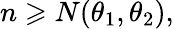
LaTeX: n\geqslant N(\theta_{1},\theta_{2}),